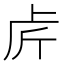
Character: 𠧣